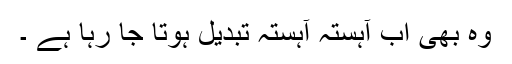
وہ بھی اب آہستہ آہستہ تبدیل ہوتا جا رہا ہے ۔